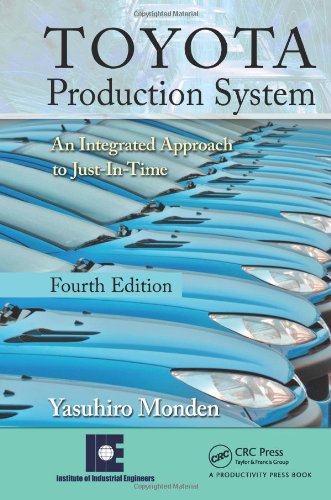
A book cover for Toyota Production System: An Integrated Approach to Just-In-Time, 4th Edition; Yasuhiro Monden; Business & Money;